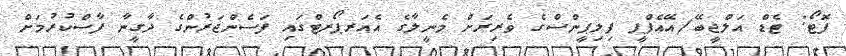
ފޮޓޯ: ޓެޑް އަލްޖީބޭ/އޭއެފްޕީ ފިލިޕީންސްގެ ވެރިރަށް މެނީލާގެ އެއަރޕޯރޓްގައި ފަސެންޖަރުންގެ ދާގީނާ ފާސްކުރުމަށް